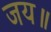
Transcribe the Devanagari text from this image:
जय॥